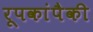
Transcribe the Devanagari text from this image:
रूपकांपैकी